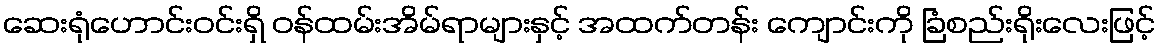
ဆေးရုံဟောင်းဝင်းရှိ ဝန်ထမ်းအိမ်ရာများနှင့် အထက်တန်း ကျောင်းကို ခြံစည်းရိုးလေးဖြင့်